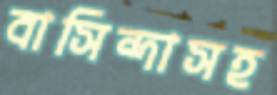
বাসিন্দাসহ